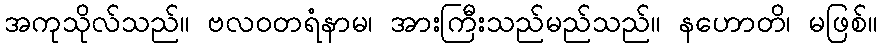
အကုသိုလ်သည်။ ဗလဝတရံနာမ၊ အားကြီးသည်မည်သည်။ နဟောတိ၊ မဖြစ်။